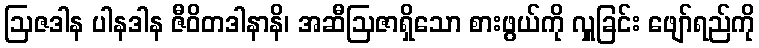
ဩဇဒါန ပါနဒါန ဇီဝိတဒါနာနိ၊ အဆီဩဇာရှိသော စားဖွယ်ကို လှူခြင်း ဖျော်ရည်ကို